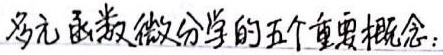
多元函数微分学的五个重要概念：